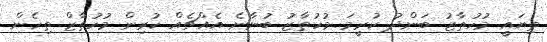
ތިޔައީ މުހުތާޒު ބަންދު ކުރީމަ މުހުތާޒު ބުނާނެ އެއްޗެއް ކުރިން މުހުތާޒް ތިހެން